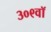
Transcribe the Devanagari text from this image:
३०९वॉ